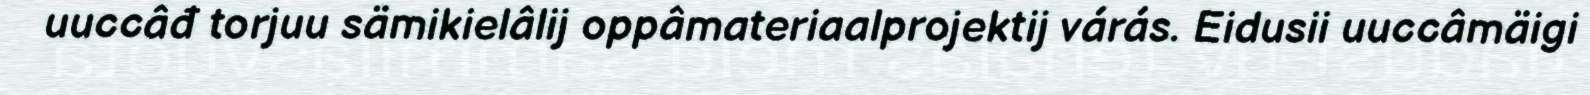
uuccâđ torjuu sämikielâlij oppâmateriaalprojektij várás. Eidusii uuccâmäigi